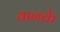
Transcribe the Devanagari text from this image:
यानके